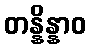
တန္နိန္နာဝ